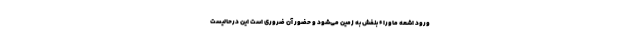
ورود اشعه ماوراء بنفش به زمین می‌شود و حضور آن ضروری است این درحالیست